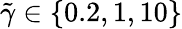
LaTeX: \tilde{\gamma}\in\{ 0.2,1,10\}